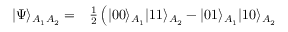
\begin{array} { r l } { \vert \Psi \rangle _ { A _ { 1 } A _ { 2 } } = } & { { } \frac { 1 } { 2 } \left( \vert 0 0 \rangle _ { A _ { 1 } } \vert 1 1 \rangle _ { A _ { 2 } } - \vert 0 1 \rangle _ { A _ { 1 } } \vert 1 0 \rangle _ { A _ { 2 } } \right. } \end{array}